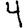
Digit: 4